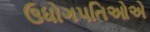
ઉધોગપતિઓએ